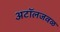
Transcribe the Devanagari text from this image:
अटॉलजवळ